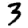
Digit: 3